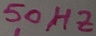
Text: 50HZ